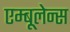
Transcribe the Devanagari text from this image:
एम्बूलेन्स